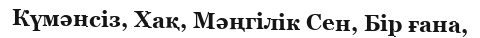
Күмәнсіз, Хақ, Мәңгілік Сен, Бір ғана,